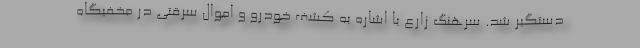
دستگیر شد. سرهنگ زارع با اشاره به کشف خودرو و اموال سرقتی در مخفیگاه